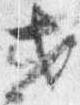
セ